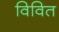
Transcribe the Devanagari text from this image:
विवित